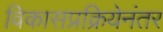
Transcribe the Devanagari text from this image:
विकासप्रक्रियेनंतर